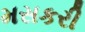
મસકરી